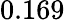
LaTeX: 0.169